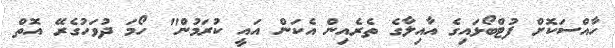
ހާއްސަކޮށް ފުޓްބޯޅައިގެ އާއިލާގެ ތެރެއިން އެކަން އައީ ކުރަމުން" ހޯމަ ދުވަހުގެރޭ އޮތް